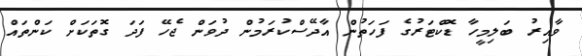
ވާއިރު ބަލިމީހާ ޑޮކްޓަރުގެ ފަހަތުން އާދޭސްކުރަމުން ދުވަން ޖެހޭ ފަދަ ގޮތަކަށް ކަންތައް